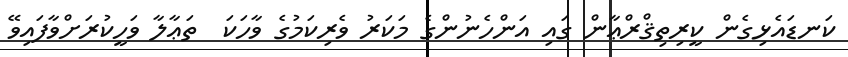
ކަނޑައެޅިގެން ކީރިތިޤްރްޢާން ގައި އަންހެނުންގެ މަކަރު ވެރިކަމުގެ ވާހަކަ  ތަޢާލާ ވަހީކުރަށްވާފައިވޭ